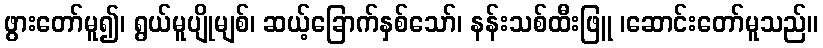
ဖွားတော်မူ၍၊ ရွယ်မူပျိုမျစ်၊ ဆယ့်ခြောက်နှစ်သော်၊ နန်းသစ်ထီးဖြူ ၊ဆောင်းတော်မူသည်။